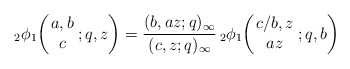
\begin{align*}{}_2\phi_1 \biggl(\!\! \begin{array}{c} a,b \\ c \end{array}\! ;q,z \biggr) = \frac{(b,az;q)_{\infty}}{(c,z;q)_{\infty}} \,_2\phi_1 \biggl(\!\! \begin{array}{c} c/b,z \\ az \end{array}\! ;q, b \biggr)\end{align*}